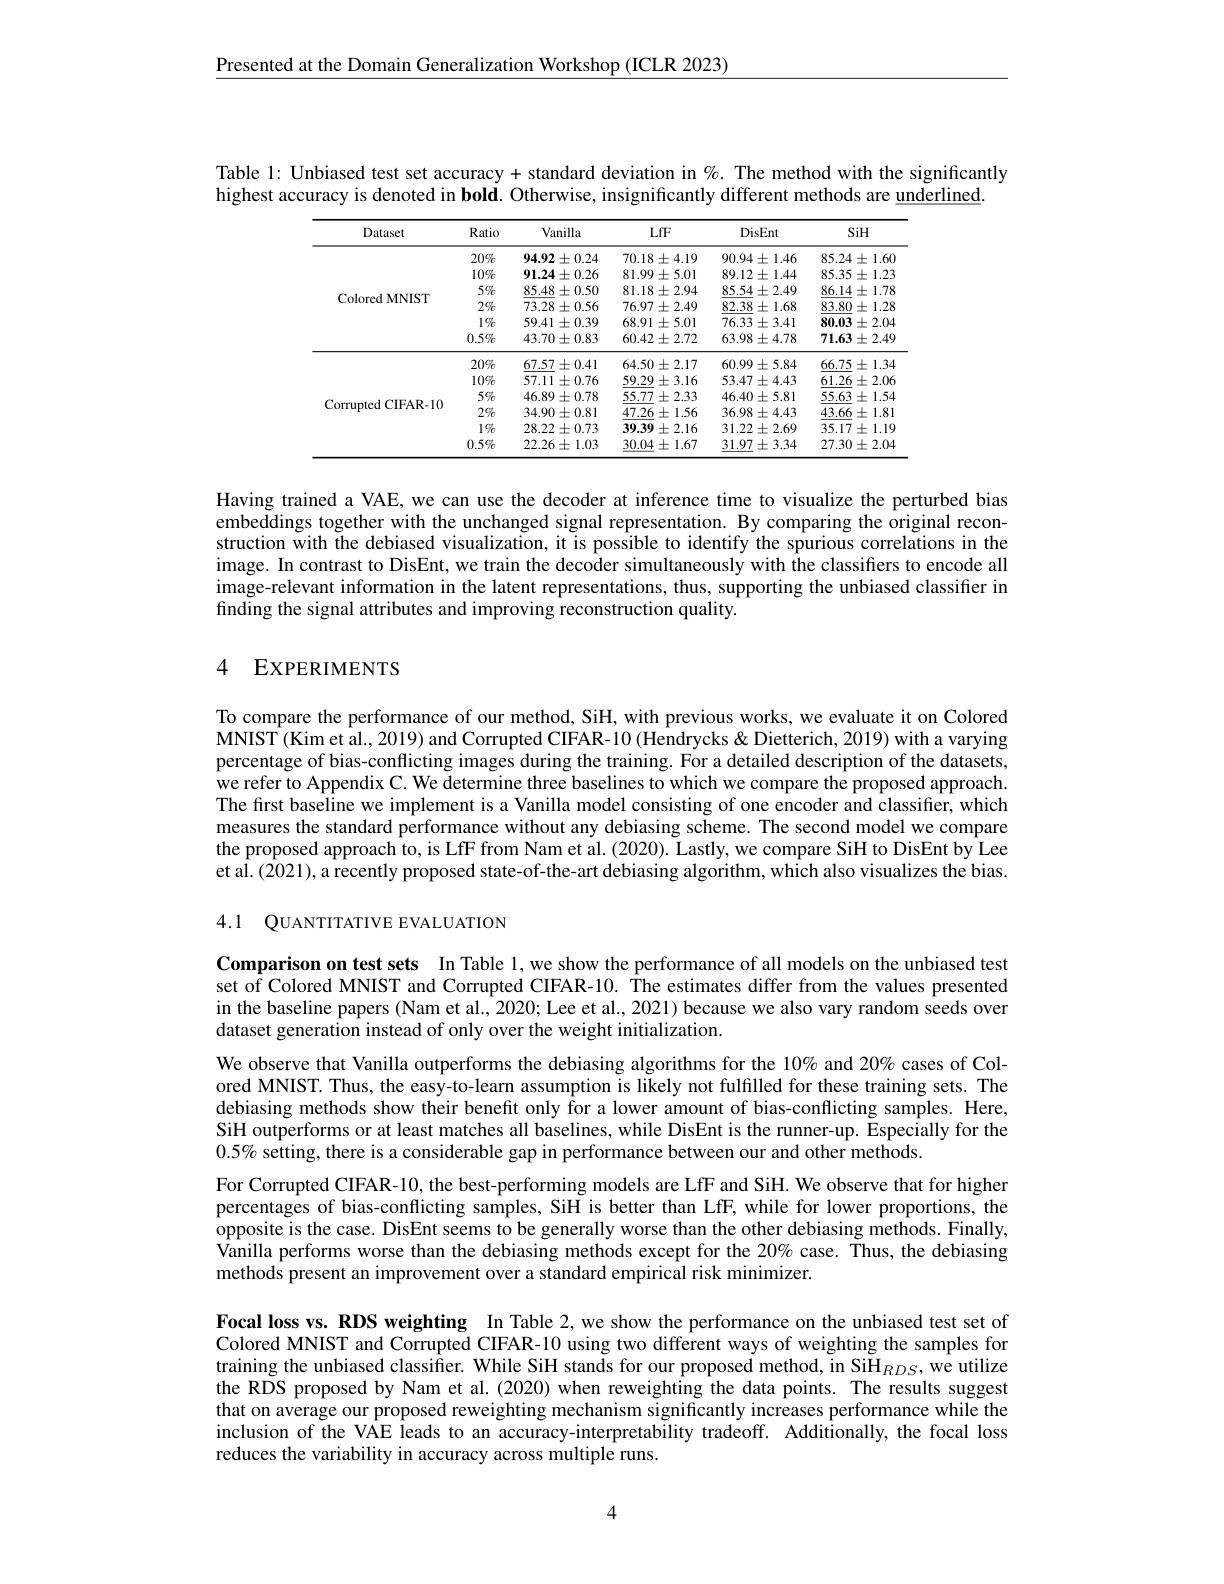
Presented at the Domain Generalization Workshop (ICLR 2023)

Table 1: Unbiased test set accuracy + standard deviation in %. The method with the significantly
highest accuracy is denoted in bold. Otherwise, insignificantly different methods are underlined.

<table>
	<tbody>
		<tr>
			<th>Dataset</th>
			<th>Ratio</th>
			<th>Vanilla</th>
			<th>LfF</th>
			<th>DisEnt</th>
			<th>SiH</th>
		</tr>
		<tr>
			<td rowspan="6">Colored MNIST</td>
			<td>$20\%$</td>
			<td>$94.92\pm0.24$</td>
			<td>$70.18\pm4.19$</td>
			<td>$90.94\pm1.46$</td>
			<td>$85.24\pm1.60$</td>
		</tr>
		<tr>
			<td>10%</td>
			<td>$91.24\pm0.26$</td>
			<td>$81.99\pm5.01$</td>
			<td>$89.12\pm1.44$</td>
			<td>85.35 $\pm1.23$</td>
		</tr>
		<tr>
			<td>$5\%$</td>
			<td>$85.48\pm0.50$</td>
			<td>$81.18\pm2.94$</td>
			<td>$85.54\pm2.49$</td>
			<td>$86.14\pm1.78$</td>
		</tr>
		<tr>
			<td>$2\%$</td>
			<td>$73.28\pm0.56$</td>
			<td>$76.97\pm2.49$</td>
			<td>$82.38\pm1.68$</td>
			<td>$83.80\pm1.28$</td>
		</tr>
		<tr>
			<td>$1\%$</td>
			<td>$59.41\pm0.39$</td>
			<td>$68.91\pm5.01$</td>
			<td>$76.33\pm3.41$</td>
			<td>80.03 $\pm2.04$ 4 1-2</td>
		</tr>
		<tr>
			<td>0.5%</td>
			<td>$43.70\pm0.83$</td>
			<td>$60.42\pm2.72$</td>
			<td>$63.98\pm4.78$</td>
			<td>$71.63\pm2.49$</td>
		</tr>
		<tr>
			<td rowspan="6">Corrupted CIFAR-10</td>
			<td>$20\%$</td>
			<td>$67.57\pm0.41$</td>
			<td>$64.50\pm2.17$</td>
			<td>$60.99\pm5.84$</td>
			<td>$66.75\pm1.34$</td>
		</tr>
		<tr>
			<td>10%</td>
			<td>$57.11\pm0.76$</td>
			<td>$59.29\pm3.16$</td>
			<td>$53.47\pm4.43$</td>
			<td>$61.26\pm2.06$ 1</td>
		</tr>
		<tr>
			<td>$5\%$</td>
			<td>$46.89\pm0.78$</td>
			<td>$55.77\pm2.33$</td>
			<td>$46.40\pm5.81$</td>
			<td>55.63 $\pm1.54$</td>
		</tr>
		<tr>
			<td>$2\%$</td>
			<td>$34.90\pm0.81$</td>
			<td>$47.26\pm1.56$</td>
			<td>$36.98\pm4.43$</td>
			<td>$43.66\pm1.81$</td>
		</tr>
		<tr>
			<td>$1\%$</td>
			<td>$28.22\pm0.73$</td>
			<td>$39.39\pm2.16$</td>
			<td>$31.22\pm2.69$</td>
			<td>$35.17\pm1.19$</td>
		</tr>
		<tr>
			<td>$0.5\%$</td>
			<td>$22.26\pm1.03$</td>
			<td>$30.04\pm1.67$</td>
			<td>$31.97\pm3.34$</td>
			<td>$27.30\pm2.04$</td>
		</tr>
	</tbody>
</table>

Having trained a VAE, we can use the decoder at inference time to visualize the perturbed bias embeddings together with the unchanged signal representation. By comparing the original reconstruction with the debiased visualization, it is possible to identify the spurious correlations in the image. In contrast to DisEnt, we train the decoder simultaneously with the classifiers to encode all image-relevant information in the latent representations, thus, supporting the unbiased classifier in finding the signal attribute

## 4 EXPERIMENTS

To compare the performance o MNIST(Kim et al., 2019) and Corrupted CIFAR-10 (Hendrycks & Dietterich, 2019) with a varying percentage of bias-conflicting images during the training. For a detailed description of the datasets, we refer to Appendix C. We determine three baselines to which we compare the proposed approach. The first baseline we implement is a Vanilla model consisting of one encoder and classifier, which measures the standard performance without any debiasing scheme. The second model we compare the proposed approach to, is LfF from Nam et al. (2020). Lastly, we compare SiH to DisEnt by Lee et al. (2021), a recently proposed state-of-the-art debiasing algorithm, which also visualizes the bias.

4.1 QUANTITATIVE EVALUATIO

Comparison on test sets In Table 1, we show the performance of all models on the unbiased test set of Colored MNIST and Cor in the baseline papers (Nam et al., 2020; Lee et al., 2021) because we also vary random seeds over dataset generation instead of only over the weight initialization.

We observe that Vanilla outp ored MNIST. Thus, the easy-to-learn assumption is likely not fulfilled for these training sets. The debiasing methods show their beneft only for a lower amount of bias-conflicting samples. Here, SiH outperforms or at least matches all baselines, while DisEnt is the runner-up. Especially for the $0.5\%$ setting, there is a considerable gap in performance between our and other methods.
For Corrupted CIFAR-10, the best-performing models are LfF and SiH. We observe that for higher percentages of bias-conflicting samples, SiH is better than LfF, while for lower proportions, the opposite is the case. DisEnt seems to be generally worse than the other debiasing methods. Finally, Vanilla performs worse than the debiasing methods except for the 20% case. Thus, the debiasing methods present an improveme

Focal loss vs. RDS weighting In Table 2,we show the performance on the unbiased test set of Colored MNIST and Corrupted CIFAR-10 using two different ways of weighting the samples for training the unbiased classi the RDS proposed by Nam et al.(2020) when reweighting the data points. The results suggest that on average our proposed reweighting mechanism significantly increases performance while the inclusion of the VAE leads to an accuracy-interpretability tradeoff. Additionally, the focal loss reduces the variability in accuracy across multiple runs.

4